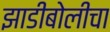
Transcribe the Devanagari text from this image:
झाडीबोलीचा